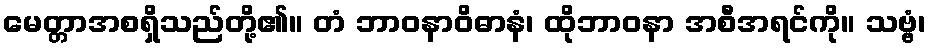
မေတ္တာအစရှိသည်တို့၏။ တံ ဘာဝနာဝိဓာနံ၊ ထိုဘာဝနာ အစီအရင်ကို။ သဗ္ဗံ၊